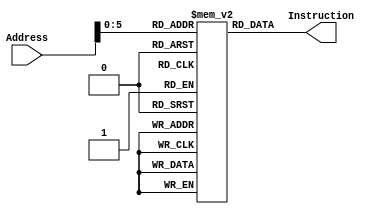
`ifndef __INSTRUCTIONMEMORY_V__
`define __INSTRUCTIONMEMORY_V__

module InstructionMemory (
	input wire [31:0] Address,
	output wire [31:0] Instruction
	);

	reg [31:0] memory[0:63];
	integer i;
	
	initial
	begin
		memory[0] <= 32'h00001825;
		memory[1] <= 32'h24020001;
		memory[2] <= 32'hAC620000;
		memory[3] <= 32'h24020001;
		memory[4] <= 32'h24030002;
		memory[5] <= 32'hAC430000;
		memory[6] <= 32'h24020002;
		memory[7] <= 32'h24030003;
		memory[8] <= 32'hAC430000;
		memory[9] <= 32'h24020003;
		memory[10] <= 32'h24030004;
		memory[11] <= 32'hAC430000;
		memory[12] <= 32'h24020004;
		memory[13] <= 32'h24030005;
		memory[14] <= 32'hAC430000;
		memory[15] <= 32'h24020005;
		memory[16] <= 32'h24030006;
		memory[17] <= 32'hAC430000;
		memory[18] <= 32'h24020006;
		memory[19] <= 32'h24030007;
		memory[20] <= 32'hAC430000;
		memory[21] <= 32'h24020007;
		memory[22] <= 32'h24030008;
		memory[23] <= 32'hAC430000;
		memory[24] <= 32'h00001025;
		memory[25] <= 32'h8C500000;
		memory[26] <= 32'h24020001;
		memory[27] <= 32'h8C500000;
		memory[28] <= 32'h24020002;
		memory[29] <= 32'h8C500000;
		memory[30] <= 32'h24020003;
		memory[31] <= 32'h8C500000;
		memory[32] <= 32'h24020004;
		memory[33] <= 32'h8C500000;
		memory[34] <= 32'h24020005;
		memory[35] <= 32'h8C500000;
		memory[36] <= 32'h24020006;
		memory[37] <= 32'h8C500000;
		memory[38] <= 32'h24020007;
		memory[39] <= 32'h8C500000;
		memory[40] <= 32'h00001025;
		memory[41] <= 32'h00000000;
		memory[42] <= 32'h00000000;
		memory[43] <= 32'h00000000;
		for (i = 44; i < 64; i = i + 1)
		begin
			memory[i] <= 0;
		end
	end

	assign Instruction = memory[Address];

endmodule

`endif /*__INSTRUCTIONMEMORY_V__*/